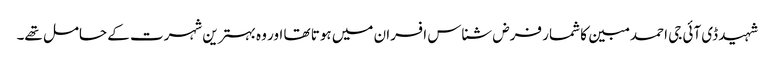
شہید ڈی آئی جی احمد مبین کا شمار فرض شناس افسران میں ہوتا تھا اور وہ بہترین شہرت کے حامل تھے۔